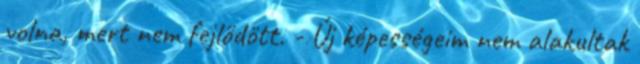
volna, mert nem fejlődött. - Új képességeim nem alakultak